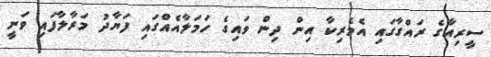
ސީރިއާގެ ރައްގާގައި އެމެރިކާ އިން ދިން ވައިގެ ހަމަލާއެއްގައި ފަޔާދު މަރާލާފައި ވަނީ